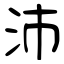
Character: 沛